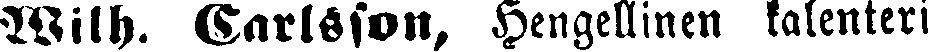
Wilh. Carlsson, Hengellinen kalenteri